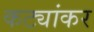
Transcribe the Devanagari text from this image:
कट्यांकर